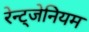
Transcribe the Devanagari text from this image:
रेन्ट्जेनियम